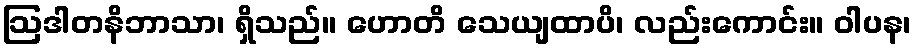
ဩဒါတနိဘာသာ၊ ရှိသည်။ ဟောတိ သေယျထာပိ၊ လည်းကောင်း။ ဝါပန၊